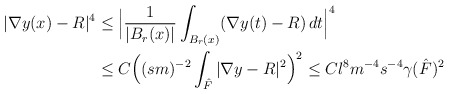
\begin{align*}|\nabla y(x) - R|^4 & \le \Big|\frac{1}{|B_r(x)|} \int_{B_r(x)} (\nabla y(t) - R) \, dt \Big|^4 \\& \le C\Big((sm)^{-2} \int_{\hat{F}} |\nabla y -R|^2 \Big)^2 \le C l^{ 8} m^{-4} s^{-4} \gamma(\hat{F})^2\end{align*}